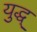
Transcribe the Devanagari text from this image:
युद्ध्